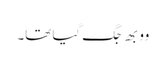
وو بھِ جگ گیا تھا۔